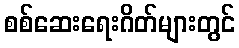
စစ်ဆေးရေးဂိတ်များတွင်